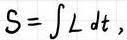
$S = \int L \, dt,$